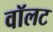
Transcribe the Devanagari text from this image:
वॉलट